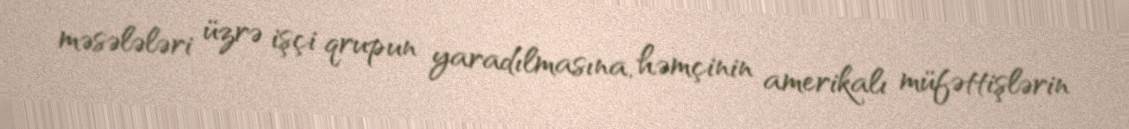
məsələləri üzrə işçi qrupun yaradılmasına, həmçinin amerikalı müfəttişlərin